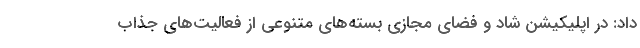
داد: در اپلیکیشن شاد و فضای مجازی بسته‌های متنوعی از فعالیت‌های جذاب